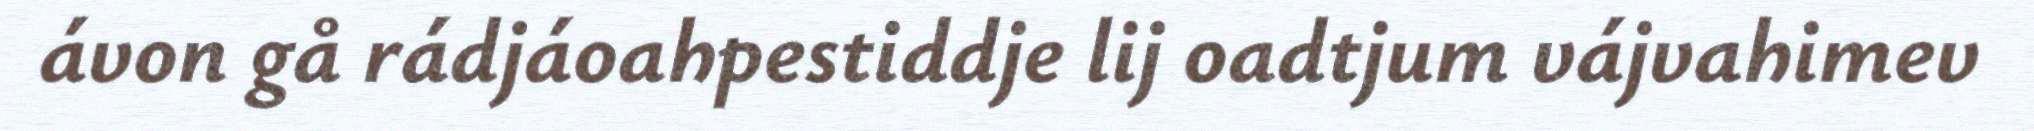
ávon gå rádjáoahpestiddje lij oadtjum vájvahimev